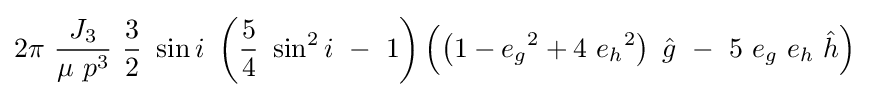
2\pi \ {\frac {J_{3}}{\mu \ p^{3}}}\ {\frac {3}{2}}\ \sin i\ \left({\frac {5}{4}}\ \sin ^{2}i\ -\ 1\right)\left(\left(1-{e_{g}}^{2}+4\ {e_{h}}^{2}\right)\ {\hat {g}}\ -\ 5\ e_{g}\ e_{h}\ {\hat {h}}\right)